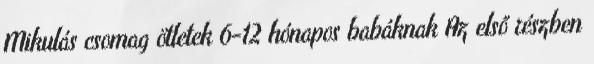
Mikulás csomag ötletek 6-12 hónapos babáknak Az első részben